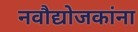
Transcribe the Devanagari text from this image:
नवौद्योजकांना